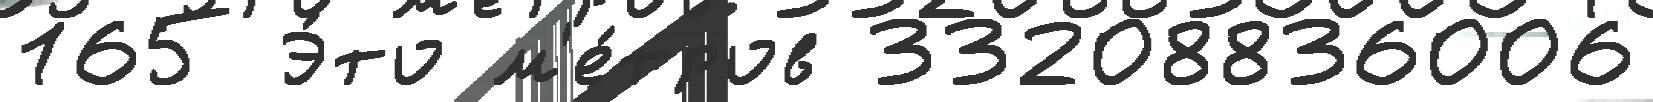
165 Э́то м'е́тров 33208836006